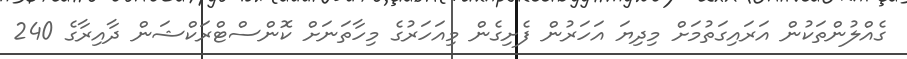
ގެއްލުންތަކުން އަރައިގަތުމަށް މިދިޔަ އަހަރުން ފެށިގެން މިއަހަރުގެ މިހާތަނަށް ކޮންސްޓްރަކްޝަން ދާއިރާގެ 240